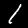
Label: 1